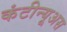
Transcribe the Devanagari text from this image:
कंटीन्यूअस